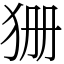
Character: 㹪